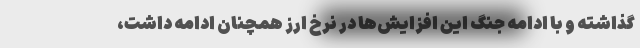
گذاشته و با ادامه جنگ این افزایش‌ها در نرخ ارز همچنان ادامه داشت،